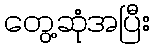
တွေ့ဆုံအပြီး